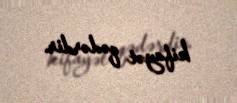
kifayət qədərdir.